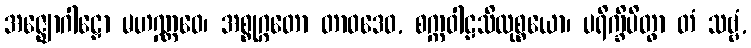
အဇ္ဈောဂါဠှော မဟဏ္ဏဝေ၊ အစ္စုဂ္ဂတော တာဝဒေဝ, စက္ကဝါဠသိလုစ္စယော၊ ပရိက္ခိပိတွာ တံ သဗ္ဗံ,